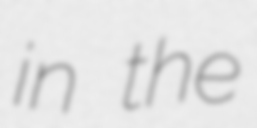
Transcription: in the